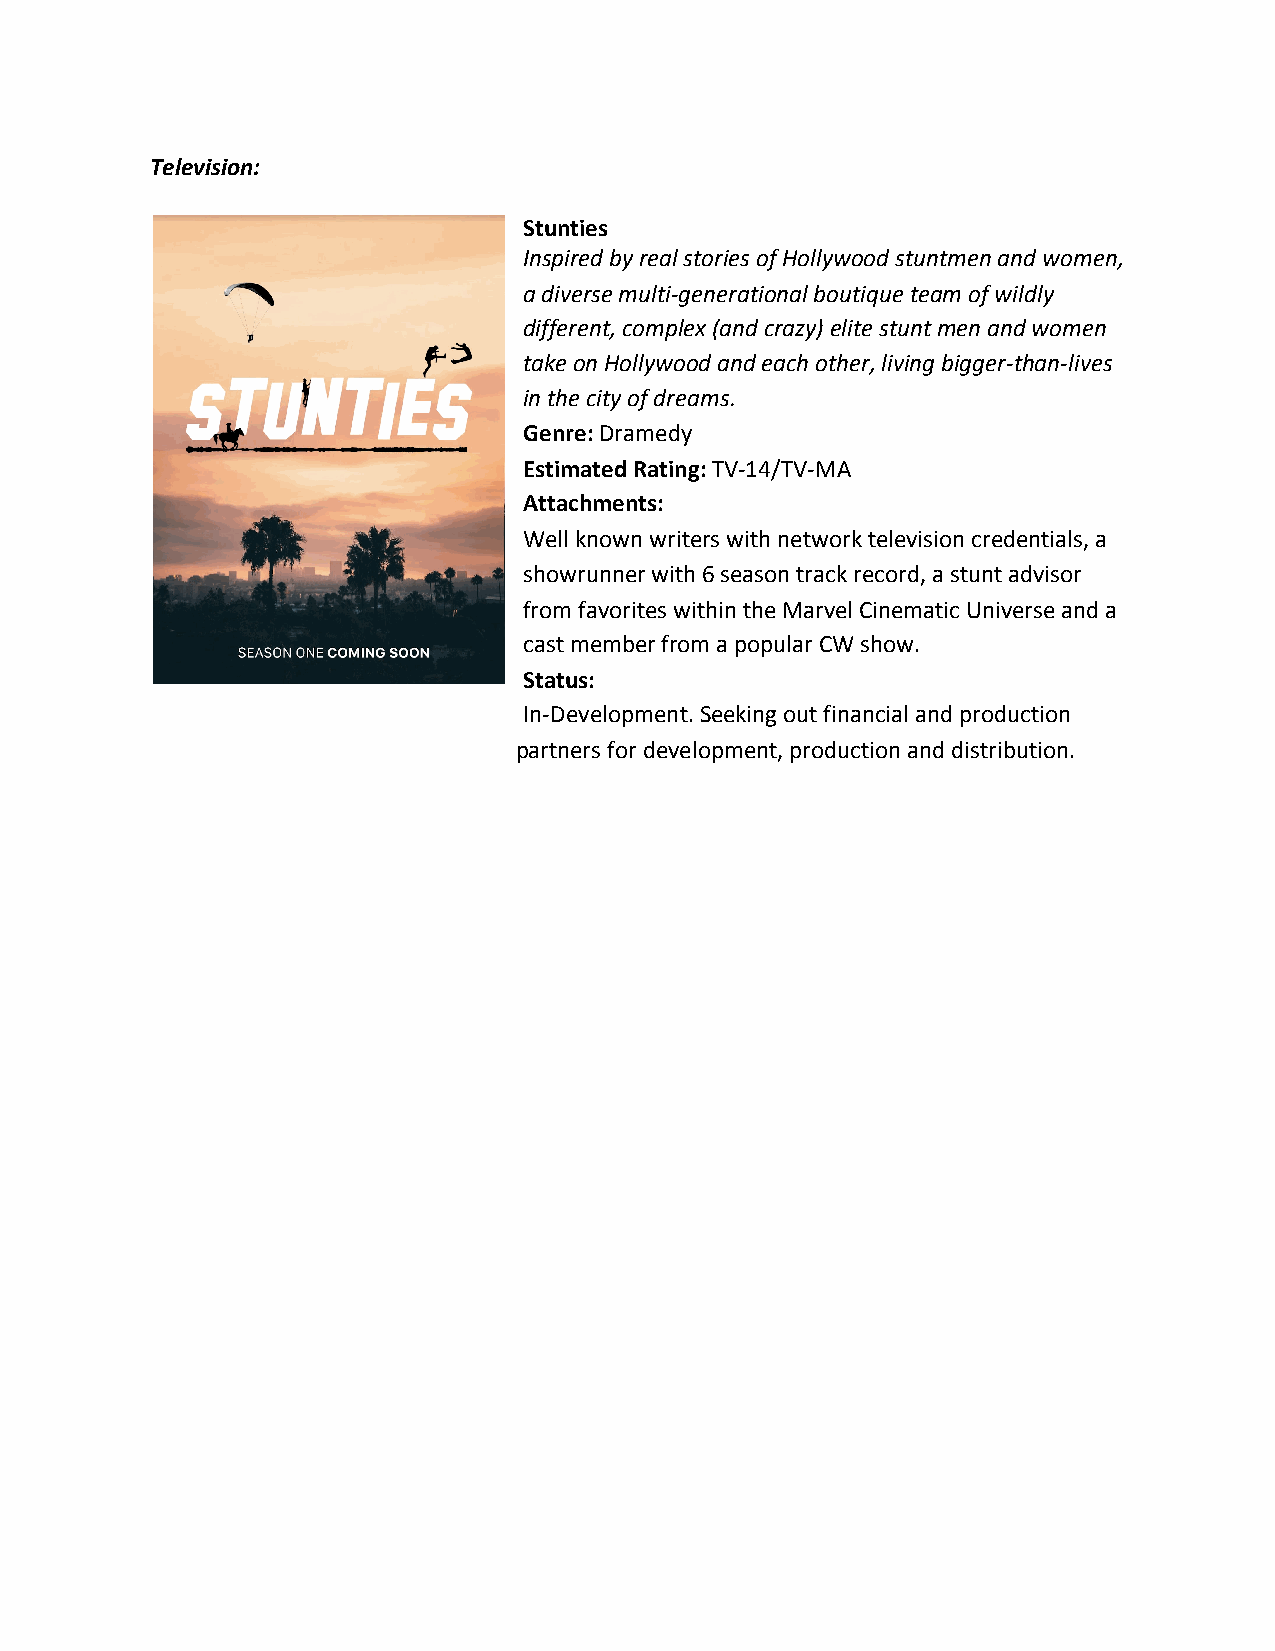
Television:
 Stunties
 Inspired by real stories of Hollywood stuntmen and women,
 a diverse multi-generational boutique team of wildly
 different, complex (and crazy) elite stunt men and women
 take on Hollywood and each other, living bigger-than-lives
 in the city of dreams.
 Genre: Dramedy
 ​
 Estimated Rating: TV-14/TV-MA
 ​
 Attachments:
 Well known writers with network television credentials, a
 showrunner with 6 season track record, a stunt advisor
 from favorites within the Marvel Cinematic Universe and a
 cast member from a popular CW show.
 Status:
 In-Development. Seeking out financial and production
 partners for development, production and distribution.